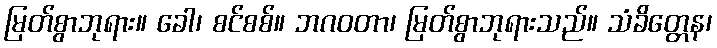
မြတ်စွာဘုရား။ ခေါ၊ စင်စစ်။ ဘဂဝတာ၊ မြတ်စွာဘုရားသည်။ သံခိတ္တေန၊